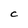
Character: C